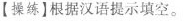
【操练】根据汉语提示填空。